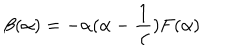
LaTeX: \beta ( \alpha ) = - \alpha ( \alpha - \frac { 1 } { \alpha } ) F ( \alpha )